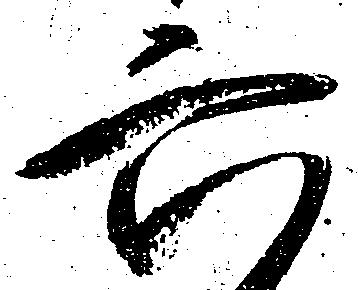
六